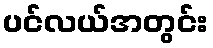
ပင်လယ်အတွင်း